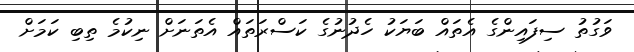
ވަގުތު ސިފައިންގެ އެތައް ބަޔަކު ހެދުނުގެ ކަސްރަތައް އެތަނަށް ނިކުމެ ތިބި ކަމަށް